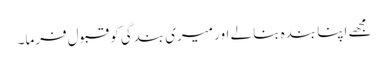
مجھے اپنا بندہ بنا لے اور میری بندگی کو قبول فرما۔